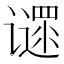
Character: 𬤪